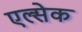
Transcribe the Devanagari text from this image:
एल्सेक